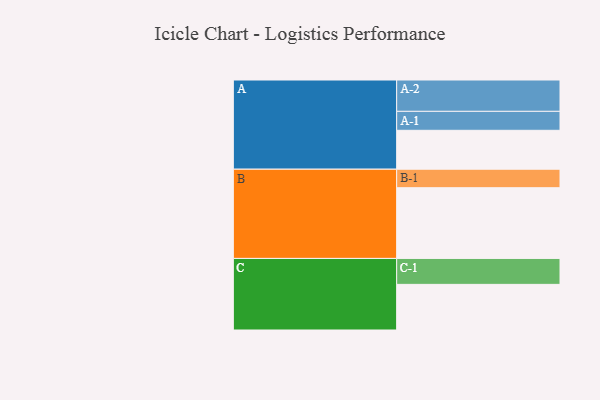
{"axis": {"x": "Segment", "y": "Value"}, "legend": ["", "A", "B", "C"], "data": [{"x": "A", "y": 324, "type": ""}, {"x": "B", "y": 589, "type": ""}, {"x": "C", "y": 380, "type": ""}, {"x": "A-1", "y": 158, "type": "A"}, {"x": "A-2", "y": 261, "type": "A"}, {"x": "B-1", "y": 154, "type": "B"}, {"x": "C-1", "y": 216, "type": "C"}]}